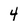
Character: 4